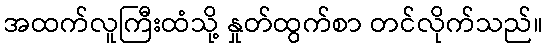
အထက်လူကြီးထံသို့ နှုတ်ထွက်စာ တင်လိုက်သည်။